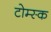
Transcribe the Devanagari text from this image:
टोम्स्क